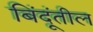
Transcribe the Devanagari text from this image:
बिंदूंतील